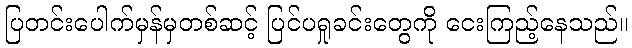
ပြတင်းပေါက်မှန်မှတစ်ဆင့် ပြင်ပရှုခင်းတွေကို ငေးကြည့်နေသည်။